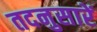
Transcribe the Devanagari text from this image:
तदनुसारें